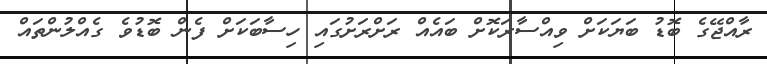
ރާއްޖޭގެ ބޮޑު ބަޔަކަށް ވިއްސާރަކޮށް ބައެއް ރަށްރަށުގައި ހިސާބަކަށް ފެން ބޮޑުވެ ގެއްލުންތައް